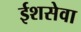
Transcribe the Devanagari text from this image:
ईशसेवा